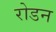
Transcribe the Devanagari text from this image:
रोडन